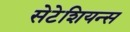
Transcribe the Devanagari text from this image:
सेटेशियन्स